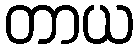
တာယ